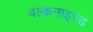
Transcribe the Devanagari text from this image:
वल्कनाइज्ड